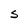
Character: S